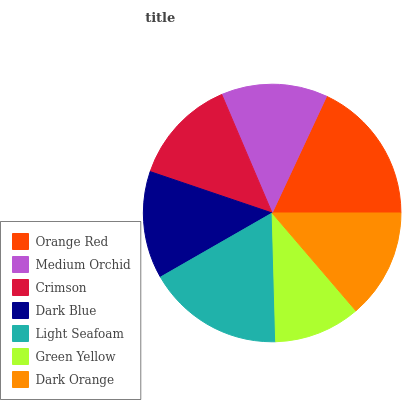
| Orange Red | Medium Orchid | Crimson | Dark Blue | Light Seafoam | Green Yellow | Dark Orange |
 | --- | --- | --- | --- | --- | --- | --- |
 | 18% | 13.4% | 13.4% | 13.5% | 17.2% | 10.8% | 13.7% |